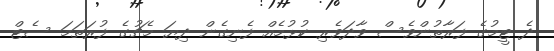
ދެ ޓީމުގެ ފަރާތުންވެސް ވާދަވެރި ކުޅުމެއް ފެނިގެން ދިޔަ މެޗުގެ ފުރަތަމަ ސެޓް